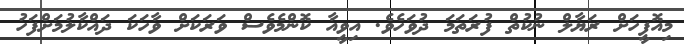
މިއޮފީހަށް ރަޔާލް ނުކުތް ފުރަތަަމަ ދުވަހެވެ. އިވީއާ ކޮންމެވެސް ވަރަކަށް ވާހަކަ ދައްކާލުމަށްފަހު